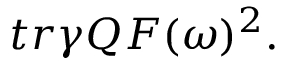
t r \gamma Q { \cal F } ( \omega ) ^ { 2 } .